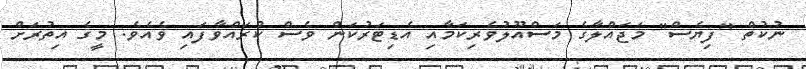
ނުކުތް "ފިޔެސް" މަޖައްލާގެ މަސްއޫލުވެރިކަމާއި އެޑިޓަރުކަން ވެސް ކުރައްވާފައި ވެއެވެ. މީގެ އިތުރަށް